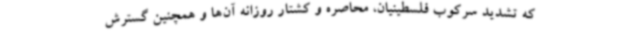
که تشدید سرکوب فلسطینیان، محاصره و کشتار روزانه آن‌ها و همچنین گسترش